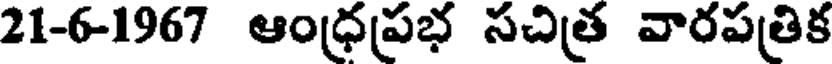
21-6-1967 ఆంధ్రప్రభ సచిత్ర వారపత్రిక